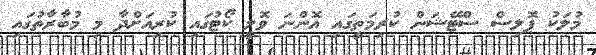
މުލަކު ޕޮލިސް ސްޓޭޝަން ކުރިމަތީގައި އޮންނަ ވޮލީ ކޯޓުގައި ކުރިއަށްދާ މި މުބާރާތުގައި